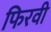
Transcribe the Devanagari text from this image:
फिरवी